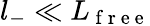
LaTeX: l_{-}\ll L_{\mathrm{~f~r~e~e~}}